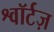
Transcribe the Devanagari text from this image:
श्वॉर्टज़